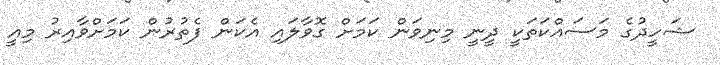
ޝަހީދުގެ މަސައްކަތަކީ ދީނީ މިނިވަން ކަމަށް ގޮވާލައި އެކަން ފެތުރުން ކަމަށްވާއިރު މިއީ